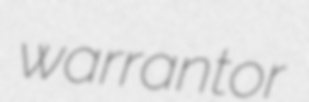
warrantor